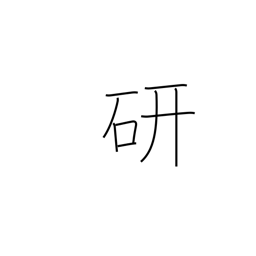
Meaning: study of